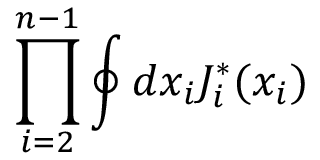
\prod _ { i = 2 } ^ { n - 1 } \oint d x _ { i } J _ { i } ^ { * } ( x _ { i } )